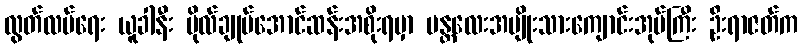
လွတ်လပ်ရေး ယူခါနီး ဗိုလ်ချုပ်အောင်ဆန်းအစိုးရမှာ မန္တလေးအမျိုးသားကျောင်းအုပ်ကြီး ဦးရာဇတ်က